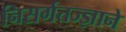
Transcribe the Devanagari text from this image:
निसर्गतज्‍ज्ञाने